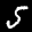
Label: 5